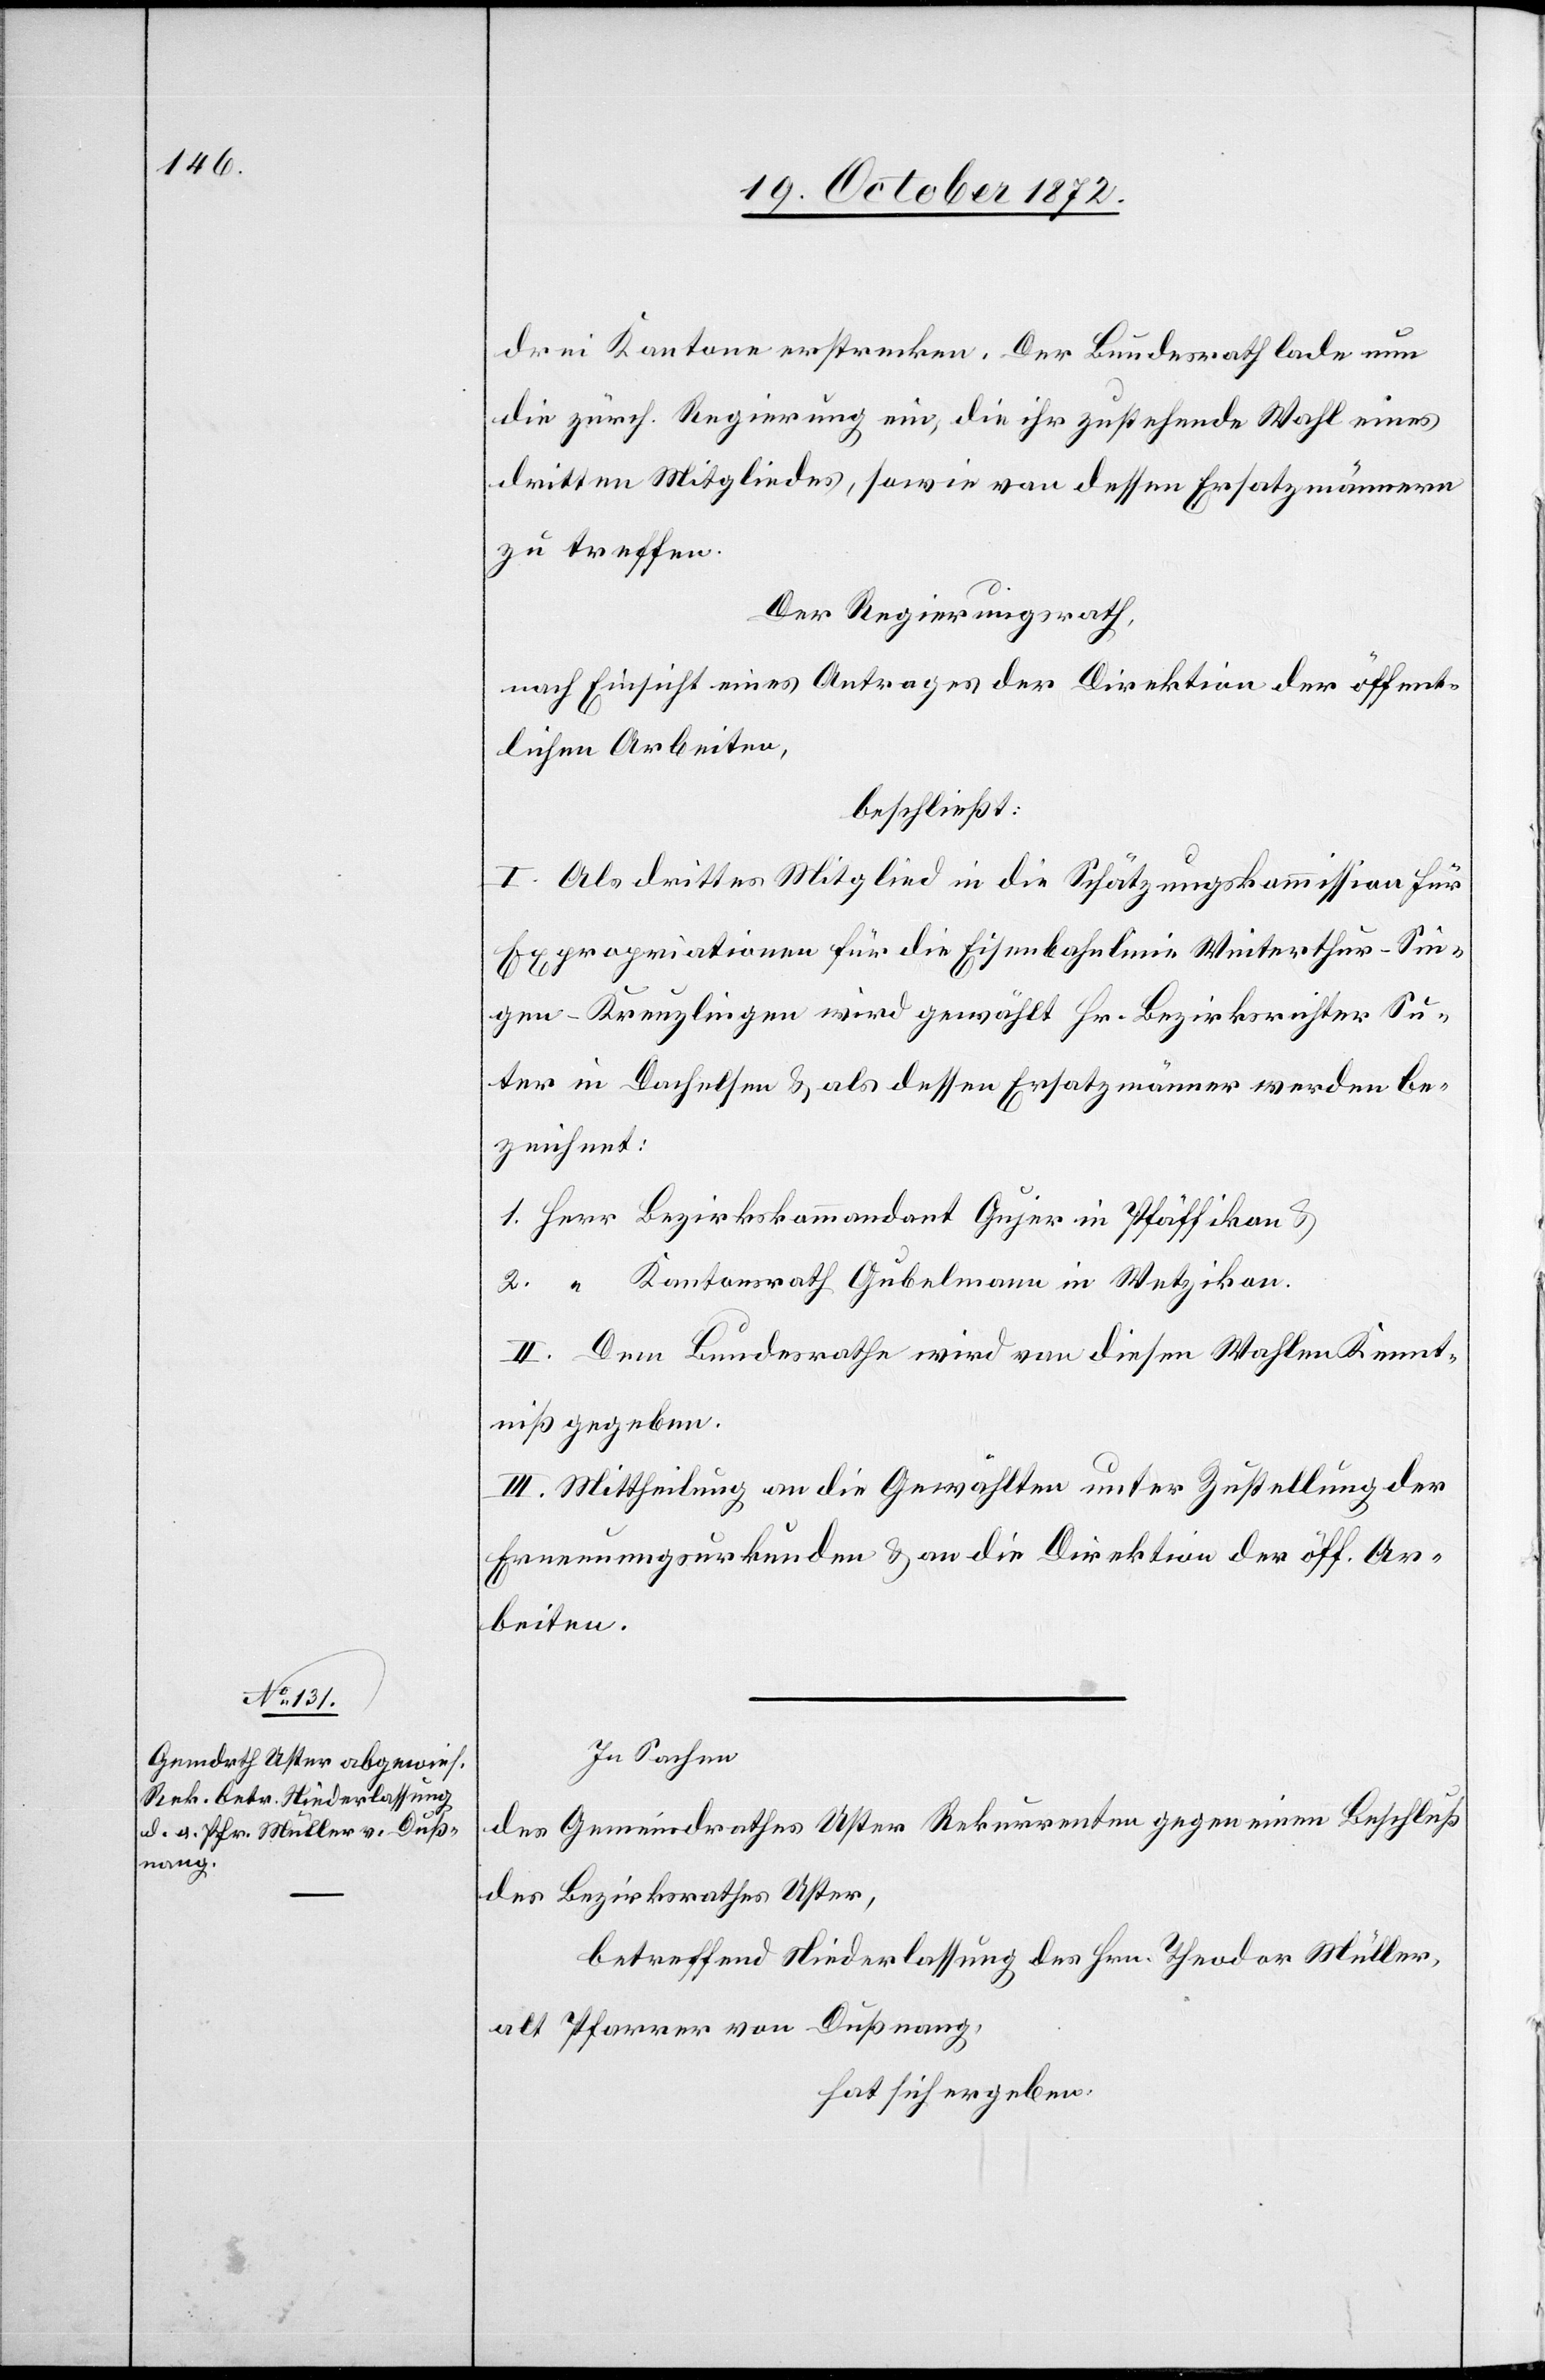
drei Kantone erstrecken. Der Bundesrath lade nun
die zürch. Regierung ein, die ihr zustehende Wahl eines
dritten Mitgliedes, sowie von dessen Ersatzmännern
zu treffen.
Der Regierungsrath,
nach Einsicht eines Antrages der Direktion der öffent¬
lichen Arbeiten,
beschließt:
I. Als drittes Mitglied in die Schätzungskommission für
Expropriation für die Eisenbahnlinie Winterthur–Sin¬
gen–Kreuzlingen wird gewählt Hr. Bezirksrichter Su¬
ter in Dachelsen u. als dessen Ersatzmänner werden be¬
zeichnet:
1. Herr Bezirkskommandant Gujer in Pfäffikon u.
2. “ Kantonsrath Gubelmann in Wetzikon.
II. Dem Bundesrathe wird von diesen Wahlen Kennt¬
niß gegeben.
III. Mittheilung an die Gewählten unter Zustellung der
Ernennungsurkunden u. an die Direktion der öff. Ar¬
beiten.
In Sachen
des Gemeindrathes Uster Rekurrenten gegen einen Beschluß
des Bezirksrathes Uster,
betreffend Niederlassung des Hrn. Theodor Müller,
alt Pfarrer von Dußnang,
hat sich ergeben: